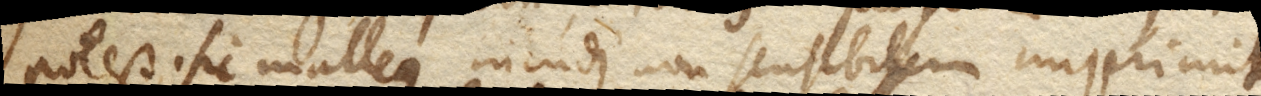
potest. Sic malleus incudi non sensibilem imprimit